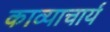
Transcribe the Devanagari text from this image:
काव्याचार्य